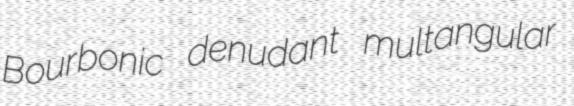
Bourbonic denudant multangular